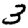
Digit: 3